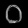
Digit: ၀